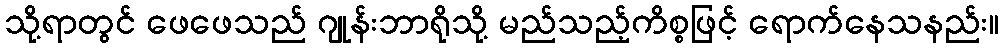
သို့ရာတွင် ဖေဖေသည် ဂျုန်းဘာရိုသို့ မည်သည့်ကိစ္စဖြင့် ရောက်နေသနည်း။